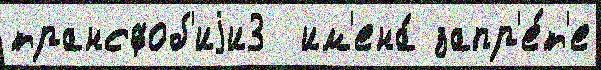
трансфоб'иjи3  им'ена́ запр'е́т'е